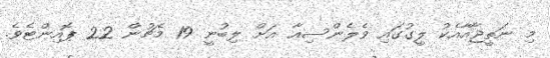
މި ނަތީޖާއާއެކު ލީގުގައި ވެލެންސިއާ އަށް ލިބުނީ 19 މެޗުން 22 ޕޮއިންޓެވެ.